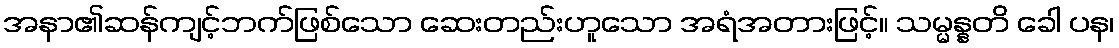
အနာ၏ဆန်ကျင့်ဘက်ဖြစ်သော ဆေးတည်းဟူသော အရံအတားဖြင့်။ သမ္မန္နတိ ခေါ ပန၊